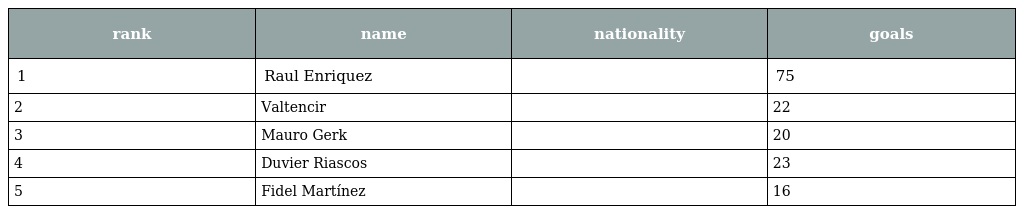
| rank | name | nationality | goals |
 | --- | --- | --- | --- |
 | 1 | Raul Enriquez |  | 75 |
 | 2 | Valtencir |  | 22 |
 | 3 | Mauro Gerk |  | 20 |
 | 4 | Duvier Riascos |  | 23 |
 | 5 | Fidel Martínez |  | 16 |